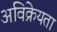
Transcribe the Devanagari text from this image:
अविक्रेयता